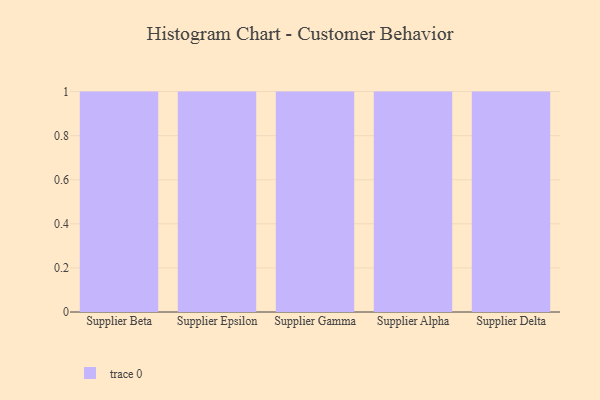
{"axis": {"x": "Supplier", "y": "Market Share (%)"}, "legend": [""], "data": [{"x": "Supplier Beta", "y": 63, "type": ""}, {"x": "Supplier Epsilon", "y": 61, "type": ""}, {"x": "Supplier Gamma", "y": 29, "type": ""}, {"x": "Supplier Alpha", "y": 94, "type": ""}, {"x": "Supplier Delta", "y": 91, "type": ""}]}